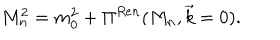
LaTeX: M _ { n } ^ { 2 } = m _ { 0 } ^ { 2 } + \Pi ^ { R e n } ( M _ { n } , \vec { k } = 0 ) .